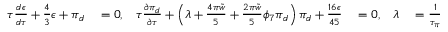
\begin{array} { r l r l r l } { \tau \frac { d \epsilon } { d \tau } + \frac { 4 } { 3 } \epsilon + \pi _ { d } } & { { } = 0 , } & { \tau \frac { \partial \pi _ { d } } { \partial \tau } + \left( \lambda + \frac { 4 \pi \tilde { w } } { 5 } + \frac { 2 \pi \tilde { w } } { 5 } \phi _ { 7 } \pi _ { d } \right) \pi _ { d } + \frac { 1 6 \epsilon } { 4 5 } } & { { } = 0 , } & { \lambda } & { { } = \frac { 1 } { \tau _ { \pi } } ( \delta _ { \pi \pi } + \tau _ { \pi \pi } / 3 ) . } \end{array}